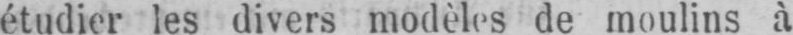
étudier les divers modèles de moulins à